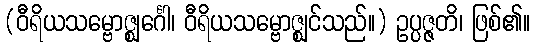
(ဝီရိယသမ္ဗောဇ္ဈင်္ဂေါ၊ ဝီရိယသမ္ဗောဇ္ဈင်သည်။) ဥပ္ပဇ္ဇတိ၊ ဖြစ်၏။